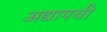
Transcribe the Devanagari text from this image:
अद्यापची